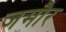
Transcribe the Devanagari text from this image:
जमौर